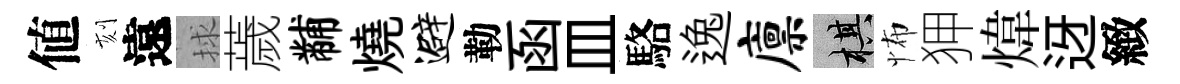
値刻遠捄薉黼燒避勒函皿駱逸廪棋怖狎煒迓緻